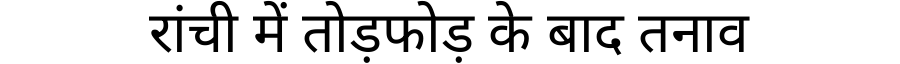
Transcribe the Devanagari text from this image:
रांची में तोड़फोड़ के बाद तनाव